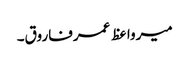
میرواعظ عمرفاروق۔